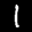
Label: 1